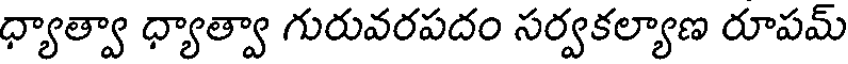
ధ్యాత్వా ధ్యాత్వా గురువరపదం సర్వకల్యాణ రూపమ్